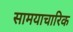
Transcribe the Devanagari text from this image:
सामयाचारिक